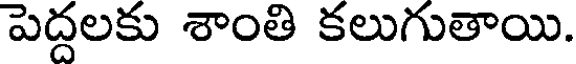
పెద్దలకు శాంతి కలుగుతాయి.